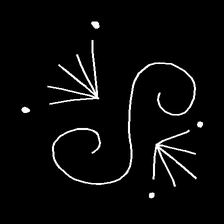
Glyph: aeroform